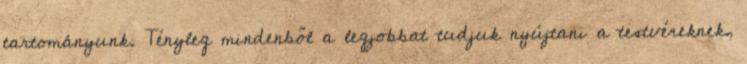
tartományunk. Tényleg mindenből a legjobbat tudjuk nyújtani a testvéreknek,